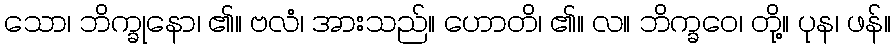
သော၊ ဘိက္ခုနော၊ ၏။ ဗလံ၊ အားသည်။ ဟောတိ၊ ၏။ လ။ ဘိက္ခဝေ၊ တို့။ ပုန၊ ဖန်။